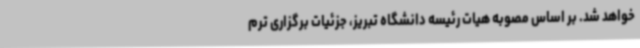
خواهد شد. بر اساس مصوبه هیات رئیسه دانشگاه تبریز، جزئیات برگزاری ترم